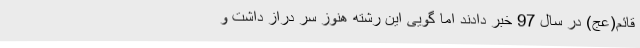
قائم(عج) در سال 97 خبر دادند اما گویی این رشته هنوز سر دراز داشت و